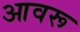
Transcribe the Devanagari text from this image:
आवरू